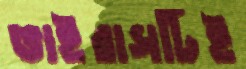
ভাইরাসটিই